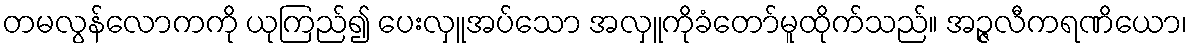
တမလွန်လောကကို ယုကြည်၍ ပေးလှူအပ်သော အလှူကိုခံတော်မူထိုက်သည်။ အဉ္ဇလီကရဏိယော၊